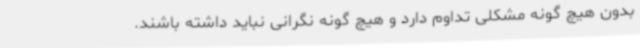
بدون هیچ گونه مشکلی تداوم دارد و هیچ گونه نگرانی نباید داشته باشند.